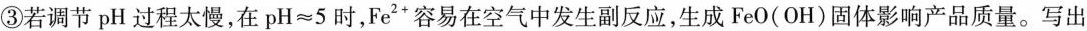
③\rightarrow若调节pH过程太慢，在pH≈5时，Fe2'容易在空气中发生副反应，生成FeO(OH)固体影响产品质量。写出